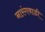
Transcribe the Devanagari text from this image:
नारंगवाडी